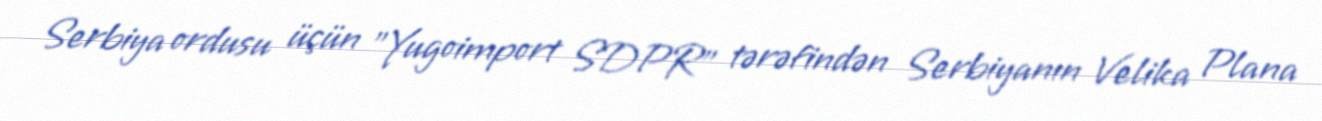
Serbiya ordusu üçün "Yugoimport SDPR" tərəfindən Serbiyanın Velika Plana